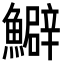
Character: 𩼎